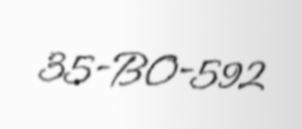
35-BO-592